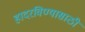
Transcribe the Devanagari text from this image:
हादरविण्यासाठी